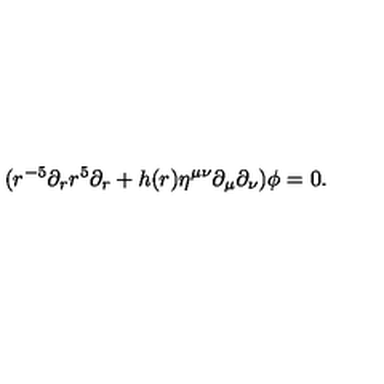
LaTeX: ( r ^ { - 5 } \partial _ { r } r ^ { 5 } \partial _ { r } + h ( r ) \eta ^ { \mu \nu } \partial _ { \mu } \partial _ { \nu } ) \phi = 0 .